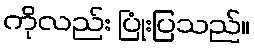
ကိုလည်း ပြုံးပြသည်။